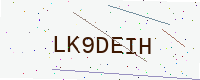
Text: LK9DEIH